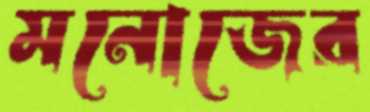
মনোজের